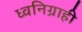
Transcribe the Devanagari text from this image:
ध्वनिग्राही